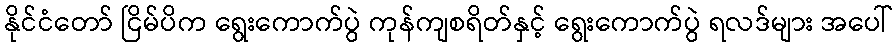
နိုင်ငံတော် ငြိမ်ပိက ရွေးကောက်ပွဲ ကုန်ကျစရိတ်နှင့် ရွေးကောက်ပွဲ ရလဒ်များ အပေါ်